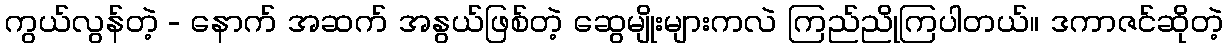
ကွယ်လွန်တဲ့ - နောက် အဆက် အနွယ်ဖြစ်တဲ့ ဆွေမျိုးများကလဲ ကြည်ညိုကြပါတယ်။ ဒကာဇင်ဆိုတဲ့